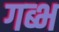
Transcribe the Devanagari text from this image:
गब्भ